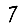
Digit: 7